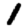
Digit: 1